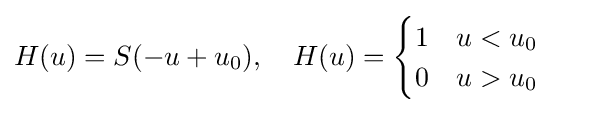
H(u)=S(-u+u_{0}),\quad H(u)={\begin{cases}1\ \ \ u<u_{0}\\0\ \ \ u>u_{0}\ \ \ \end{cases}}